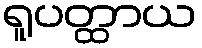
ရူပတ္ထာယ